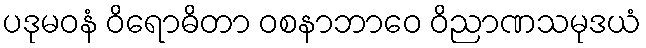
ပဒုမဝနံ ဝိရောဓိတာ ဝစနာဘာဝေ ဝိညာဏသမုဒယံ